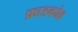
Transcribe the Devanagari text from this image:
फ्राडकोव